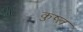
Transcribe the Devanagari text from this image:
कुष्त